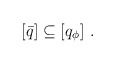
\begin{align*}[\bar{q}] \subseteq [q_\phi]\ .\end{align*}